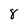
Character: 8